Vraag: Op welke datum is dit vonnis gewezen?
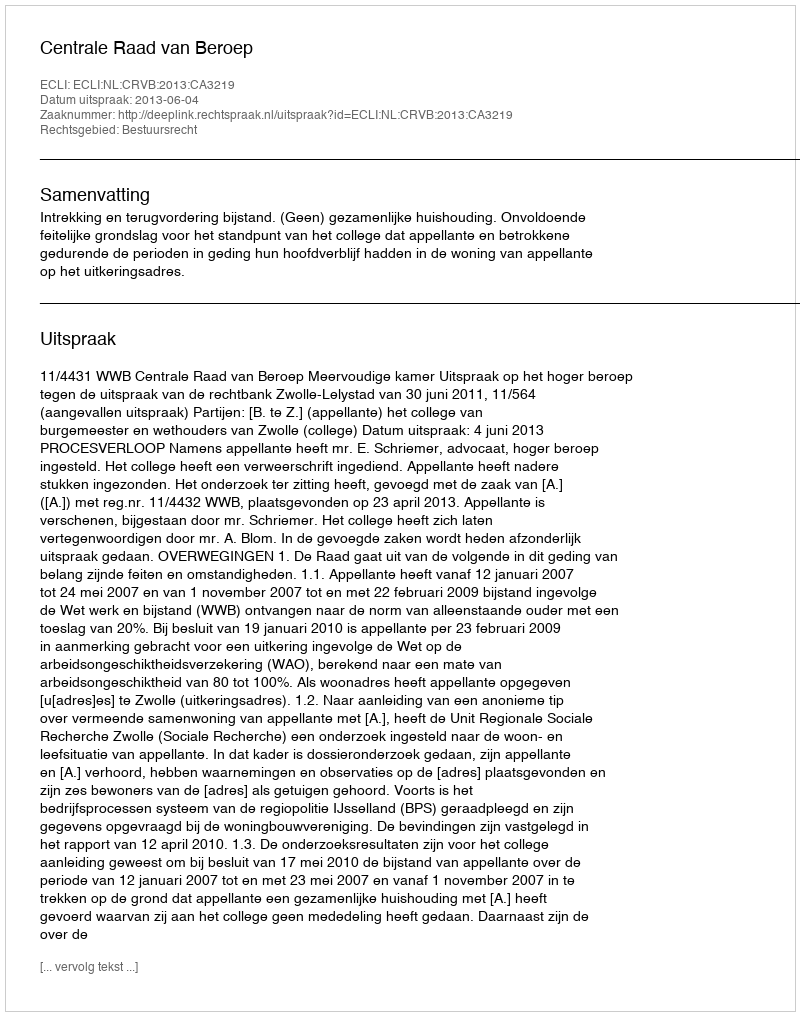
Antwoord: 2013-06-04